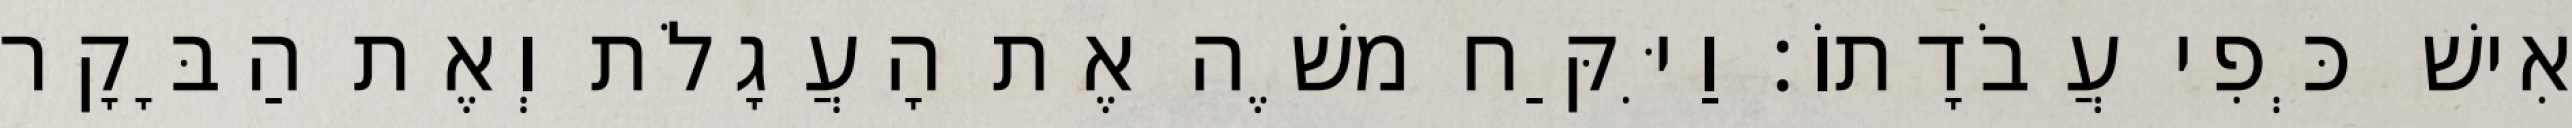
אִישׁ כְּפִי עֲבֹדָתוֹ׃ וַיִּקַּח משֶׁה אֶת הָעֲגָלֹת וְאֶת הַבָּקָר